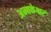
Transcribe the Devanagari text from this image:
अम्बकेश्वर